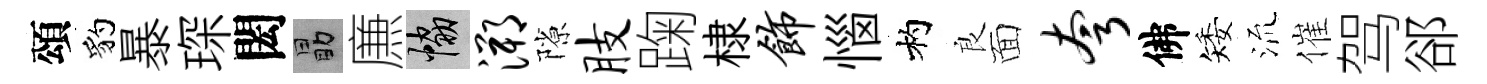
頌豹暴琛閎勗㢘協溯隙肢踘棣饰惱杓良面夸佛矮𣴑催驾郤